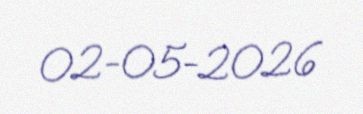
02-05-2026